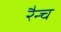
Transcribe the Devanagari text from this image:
रैन्च